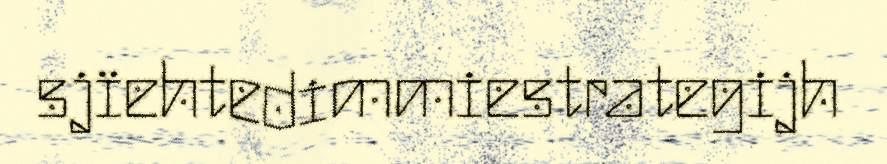
sjïehtedimmiestrategijh